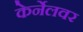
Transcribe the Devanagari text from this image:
केर्नेलवर